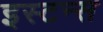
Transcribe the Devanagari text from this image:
इस्टन्स